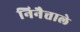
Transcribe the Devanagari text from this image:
निनैत्ताले